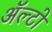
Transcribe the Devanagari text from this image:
अॅल्टो